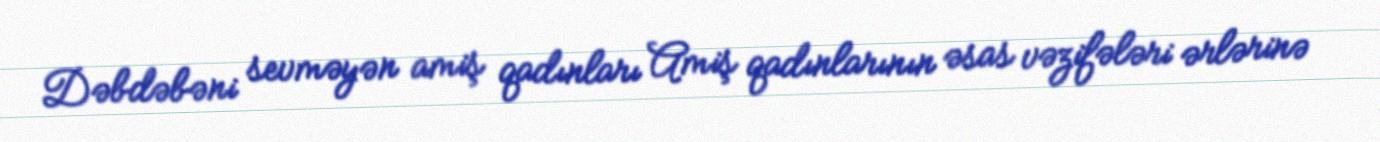
Dəbdəbəni sevməyən amiş qadınları Amiş qadınlarının əsas vəzifələri ərlərinə